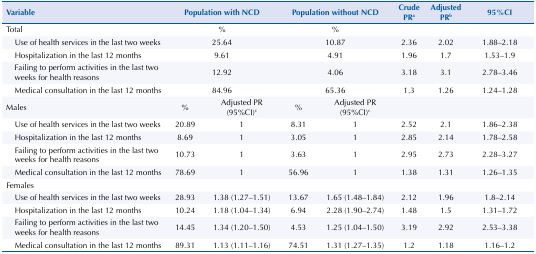
<table><thead><tr><td><b>Variable</b></td><td colspan="2"><b>Population with NCD</b></td><td colspan="2"><b>Population without NCD</b></td><td><b>Crude PR<sup>a</sup></b></td><td><b>Adjusted PR<sup>b</sup></b></td><td><b>95%CI</b></td></tr></thead><tbody><tr><td>Total</td><td colspan="2">%</td><td colspan="2">%</td><td> </td><td> </td><td> </td></tr><tr><td>Use of health services in the last two weeks</td><td colspan="2">25.64</td><td colspan="2">10.87</td><td>2.36</td><td>2.02</td><td>1.88–2.18</td></tr><tr><td>Hospitalization in the last 12 months</td><td colspan="2">9.61</td><td colspan="2">4.91</td><td>1.96</td><td>1.7</td><td>1.53–1.9</td></tr><tr><td>Failing to perform activities in the last two weeks for health reasons</td><td colspan="2">12.92</td><td colspan="2">4.06</td><td>3.18</td><td>3.1</td><td>2.78–3.46</td></tr><tr><td>Medical consultation in the last 12 months</td><td colspan="2">84.96</td><td colspan="2">65.36</td><td>1.3</td><td>1.26</td><td>1.24–1.28</td></tr><tr><td>Males</td><td>%</td><td>Adjusted PR (95%CI)<sup>c</sup></td><td>%</td><td>Adjusted PR (95%CI)<sup>c</sup></td><td> </td><td> </td><td> </td></tr><tr><td>Use of health services in the last two weeks</td><td>20.89</td><td>1</td><td>8.31</td><td>1</td><td>2.52</td><td>2.1</td><td>1.86–2.38</td></tr><tr><td>Hospitalization in the last 12 months</td><td>8.69</td><td>1</td><td>3.05</td><td>1</td><td>2.85</td><td>2.14</td><td>1.78–2.58</td></tr><tr><td>Failing to perform activities in the last two weeks for health reasons</td><td>10.73</td><td>1</td><td>3.63</td><td>1</td><td>2.95</td><td>2.73</td><td>2.28–3.27</td></tr><tr><td>Medical consultation in the last 12 months</td><td>78.69</td><td>1</td><td>56.96</td><td>1</td><td>1.38</td><td>1.31</td><td>1.26–1.35</td></tr><tr><td>Females</td><td> </td><td> </td><td> </td><td> </td><td> </td><td> </td><td> </td></tr><tr><td>Use of health services in the last two weeks</td><td>28.93</td><td>1.38 (1.27–1.51)</td><td>13.67</td><td>1.65 (1.48–1.84)</td><td>2.12</td><td>1.96</td><td>1.8–2.14</td></tr><tr><td>Hospitalization in the last 12 months</td><td>10.24</td><td>1.18 (1.04–1.34)</td><td>6.94</td><td>2.28 (1.90–2.74)</td><td>1.48</td><td>1.5</td><td>1.31–1.72</td></tr><tr><td>Failing to perform activities in the last two weeks for health reasons</td><td>14.45</td><td>1.34 (1.20–1.50)</td><td>4.53</td><td>1.25 (1.04–1.50)</td><td>3.19</td><td>2.92</td><td>2.53–3.38</td></tr><tr><td>Medical consultation in the last 12 months</td><td>89.31</td><td>1.13 (1.11–1.16)</td><td>74.51</td><td>1.31 (1.27–1.35)</td><td>1.2</td><td>1.18</td><td>1.16–1.2</td></tr></tbody></table>